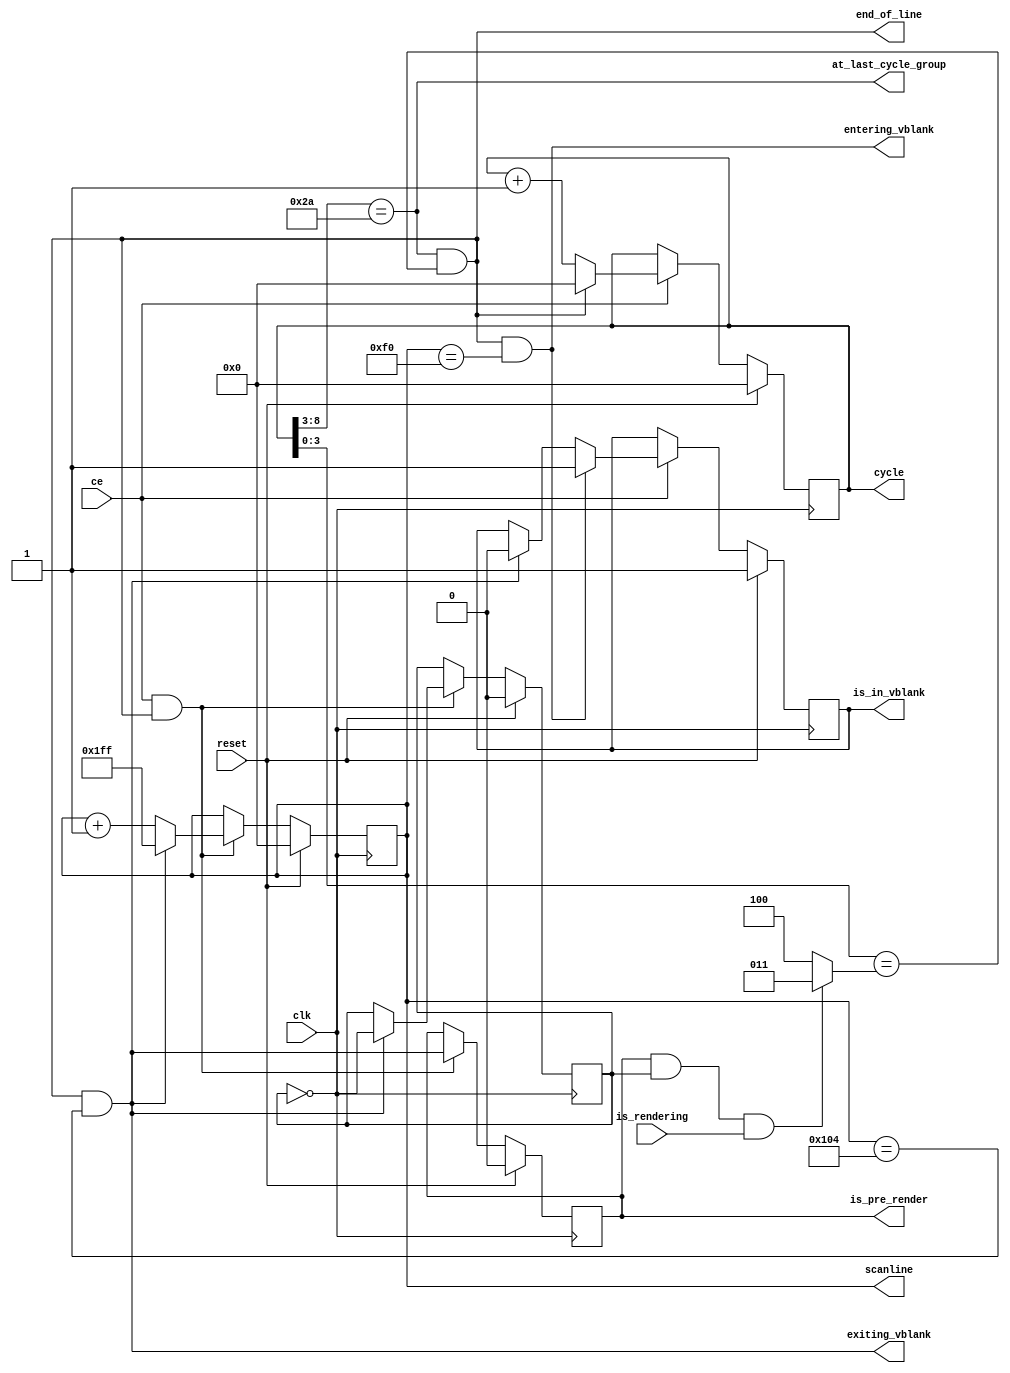
module ClockGen(input clk, input ce, input reset,
                input is_rendering,
                output reg [8:0] scanline,
                output reg [8:0] cycle,
                output reg is_in_vblank,
                output end_of_line,
                output at_last_cycle_group,
                output exiting_vblank,
                output entering_vblank,
                output reg is_pre_render);
  reg second_frame;
  assign at_last_cycle_group = (cycle[8:3] == 42);
  assign end_of_line = at_last_cycle_group && cycle[3:0] == (is_pre_render && second_frame && is_rendering ? 3 : 4);
  assign entering_vblank = end_of_line && scanline == 240;
  assign exiting_vblank = end_of_line && scanline == 260;
  wire new_is_in_vblank = entering_vblank ? 1'b1 : exiting_vblank ? 1'b0 : is_in_vblank;
  always @(posedge clk) if (reset) begin
    cycle <= 0;
    is_in_vblank <= 1;
  end else if (ce) begin
    cycle <= end_of_line ? 0 : cycle + 1;
    is_in_vblank <= new_is_in_vblank;
  end
  always @(posedge clk) if (reset) begin
    scanline <= 0;
    is_pre_render <= 0;
    second_frame <= 0;
  end else if (ce && end_of_line) begin
    scanline <= exiting_vblank ? 9'b111111111 : scanline + 1;
    is_pre_render <= exiting_vblank;
    if (exiting_vblank)
      second_frame <= !second_frame;
  end
endmodule